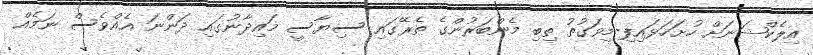
އިލެކްޝަނަށް ހުށަހަޅައިފި-މިވަގުތު ތިބި މެންބަރުންގެ ތެރޭގައި ސިޔާސީ މައިދާނުގައި ދަންނަ އެއްވެސް ނަމެއް